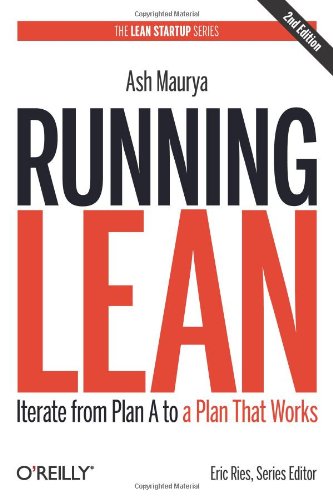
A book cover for Running Lean: Iterate from Plan A to a Plan That Works (Lean Series); Ash Maurya; Business & Money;